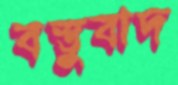
বস্তুবাদ